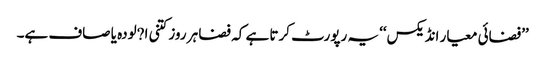
’’فضائی معیار انڈیکس‘‘ یہ رپورٹ کرتا ہے کہ فضا ہر روز کتنی ا?لودہ یا صاف ہے۔